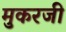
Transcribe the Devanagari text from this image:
मुकरजी